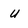
Character: u